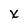
Character: x